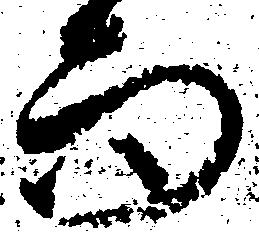
而